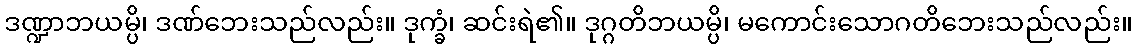
ဒဏ္ဍာဘယမ္ပိ၊ ဒဏ်ဘေးသည်လည်း။ ဒုက္ခံ၊ ဆင်းရဲ၏။ ဒုဂ္ဂတိဘယမ္ပိ၊ မကောင်းသောဂတိဘေးသည်လည်း။